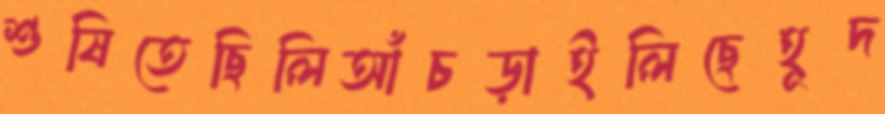
শুষিতেছিলিআঁচড়াইলিছেহূদ